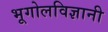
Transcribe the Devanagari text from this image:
भूगोलविज्ञानी